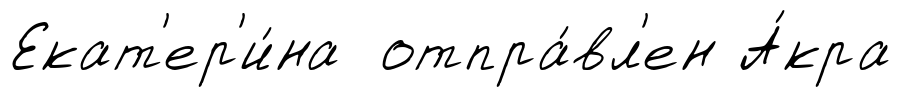
Екат'ер'и́на отпра́вл'ен А́кра